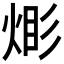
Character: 𪸹